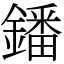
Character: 鐇